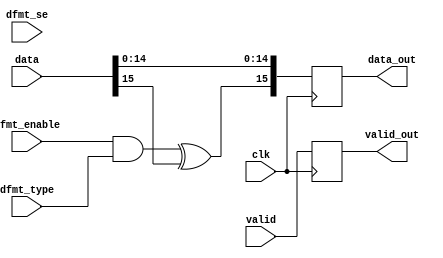
// ***************************************************************************
// ***************************************************************************
// Copyright 2011(c) Analog Devices, Inc.
// 
// All rights reserved.
// 
// Redistribution and use in source and binary forms, with or without modification,
// are permitted provided that the following conditions are met:
//     - Redistributions of source code must retain the above copyright
//       notice, this list of conditions and the following disclaimer.
//     - Redistributions in binary form must reproduce the above copyright
//       notice, this list of conditions and the following disclaimer in
//       the documentation and/or other materials provided with the
//       distribution.
//     - Neither the name of Analog Devices, Inc. nor the names of its
//       contributors may be used to endorse or promote products derived
//       from this software without specific prior written permission.
//     - The use of this software may or may not infringe the patent rights
//       of one or more patent holders.  This license does not release you
//       from the requirement that you obtain separate licenses from these
//       patent holders to use this software.
//     - Use of the software either in source or binary form, must be run
//       on or directly connected to an Analog Devices Inc. component.
//    
// THIS SOFTWARE IS PROVIDED BY ANALOG DEVICES "AS IS" AND ANY EXPRESS OR IMPLIED WARRANTIES,
// INCLUDING, BUT NOT LIMITED TO, NON-INFRINGEMENT, MERCHANTABILITY AND FITNESS FOR A
// PARTICULAR PURPOSE ARE DISCLAIMED.
//
// IN NO EVENT SHALL ANALOG DEVICES BE LIABLE FOR ANY DIRECT, INDIRECT, INCIDENTAL, SPECIAL,
// EXEMPLARY, OR CONSEQUENTIAL DAMAGES (INCLUDING, BUT NOT LIMITED TO, INTELLECTUAL PROPERTY
// RIGHTS, PROCUREMENT OF SUBSTITUTE GOODS OR SERVICES; LOSS OF USE, DATA, OR PROFITS; OR 
// BUSINESS INTERRUPTION) HOWEVER CAUSED AND ON ANY THEORY OF LIABILITY, WHETHER IN CONTRACT,
// STRICT LIABILITY, OR TORT (INCLUDING NEGLIGENCE OR OTHERWISE) ARISING IN ANY WAY OUT OF 
// THE USE OF THIS SOFTWARE, EVEN IF ADVISED OF THE POSSIBILITY OF SUCH DAMAGE.
// ***************************************************************************
// ***************************************************************************
// data format (offset binary or 2's complement only)

`timescale 1ps/1ps

module ad_datafmt #(

  // data bus width

  parameter   DATA_WIDTH = 16,
  parameter   DISABLE = 0) (

  // data path

  input                       clk,
  input                       valid,
  input   [(DATA_WIDTH-1):0]  data,
  output                      valid_out,
  output  [15:0]              data_out,

  // control signals

  input                       dfmt_enable,
  input                       dfmt_type,
  input                       dfmt_se);

  // internal registers

  reg                         valid_int = 'd0;
  reg     [15:0]              data_int = 'd0;

  // internal signals

  wire                        type_s;
  wire                        signext_s;
  wire                        sign_s;
  wire    [15:0]              data_out_s;

  // data-path disable

  generate
  if (DISABLE == 1) begin
  assign valid_out = valid;
  assign data_out = data;
  end else begin
  assign valid_out = valid_int;
  assign data_out = data_int;
  end
  endgenerate

  // if offset-binary convert to 2's complement first

  assign type_s = dfmt_enable & dfmt_type;
  assign signext_s = dfmt_enable & dfmt_se;
  assign sign_s = signext_s & (type_s ^ data[(DATA_WIDTH-1)]);

  generate
  if (DATA_WIDTH < 16) begin
  assign data_out_s[15:DATA_WIDTH] = {(16-DATA_WIDTH){sign_s}};
  end
  endgenerate
  
  assign data_out_s[(DATA_WIDTH-1)] = type_s ^ data[(DATA_WIDTH-1)];
  assign data_out_s[(DATA_WIDTH-2):0] = data[(DATA_WIDTH-2):0];

  always @(posedge clk) begin
    valid_int <= valid;
    data_int <= data_out_s[15:0];
  end

endmodule

// ***************************************************************************
// ***************************************************************************